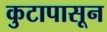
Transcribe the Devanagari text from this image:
कुटापासून